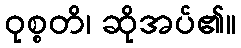
ဝုစ္စတိ၊ ဆိုအပ်၏။